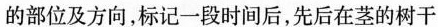
的部位及方向，标记一段时间后，先后在茎的树干